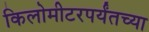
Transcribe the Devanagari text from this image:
किलोमीटरपर्यंतच्या